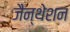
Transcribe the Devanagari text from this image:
जैन्थेशन